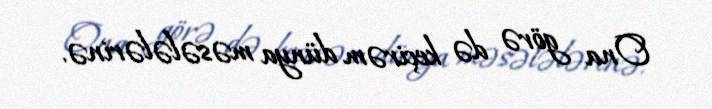
Ona görə də keçirəm dünya məsələlərinə.